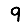
Digit: 9